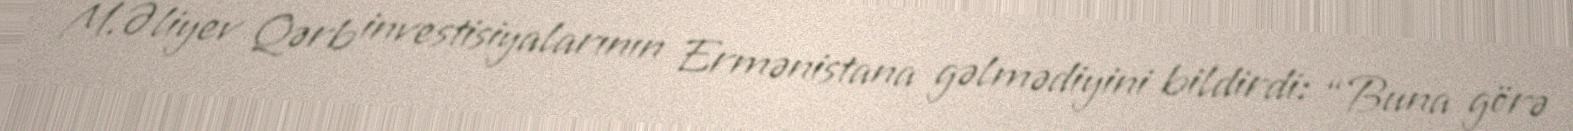
M.Əliyev Qərb investisiyalarının Ermənistana gəlmədiyini bildirdi: “Buna görə